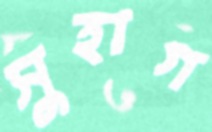
সুহাগ